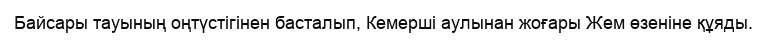
Байсары тауының оңтүстігінен басталып, Кемерші аулынан жоғары Жем өзеніне құяды.